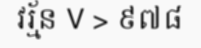
វរ្ម័ន V > ៩៧៨